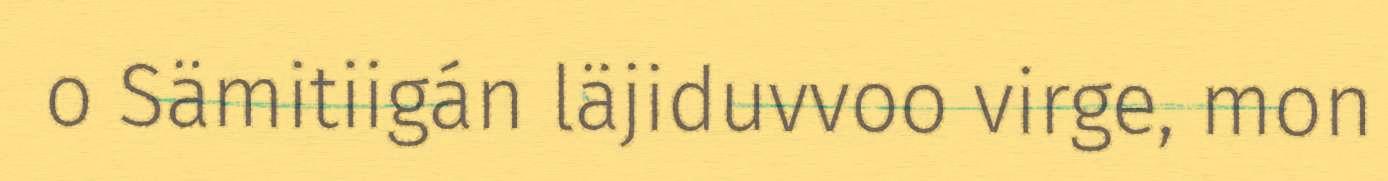
o Sämitiigán läjiduvvoo virge, mon